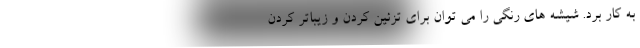
به کار برد. شیشه های رنگی را می توان برای تزئین کردن و زیباتر کردن